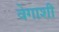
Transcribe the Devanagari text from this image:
वेगाशी